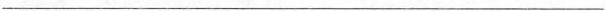
___